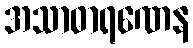
အသာဓာရဏေန